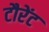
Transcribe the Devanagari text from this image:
टौरेंट